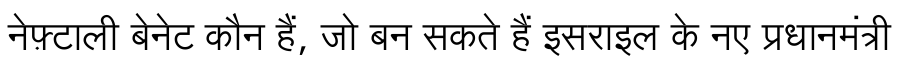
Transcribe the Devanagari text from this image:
नेफ़्टाली बेनेट कौन हैं, जो बन सकते हैं इसराइल के नए प्रधानमंत्री